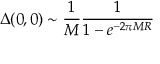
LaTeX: \Delta ( 0 , 0 ) \sim { \frac { 1 } { M } } { \frac { 1 } { 1 - e ^ { - 2 \pi M R } } }